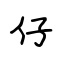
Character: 仔